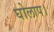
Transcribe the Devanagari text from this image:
घोलाप।